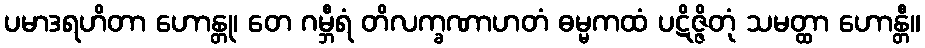
ပမာဒရဟိတာ ဟောန္တု၊ တေ ဂမ္ဘီရံ တိလက္ခဏာဟတံ ဓမ္မကထံ ပဋိဇ္ဇိတုံ သမတ္ထာ ဟောန္တီ။